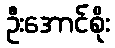
ဦးအောင်စိုး